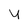
Character: y